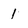
Character: 1